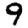
Digit: 9